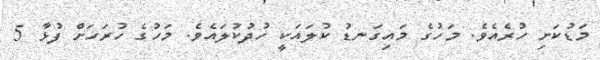
މަޑުކަށި ހުރެއެވެ. މަހުގެ މައިގަނޑު ކުލައަކީ ހުދުކުލައެވެ. މަހުގެ ހުރަހަށް ފުޅާ 5